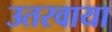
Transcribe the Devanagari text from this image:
उतरवाया